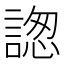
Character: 𧩪